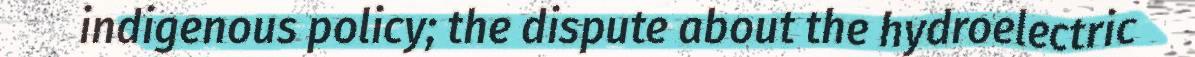
indigenous policy; the dispute about the hydroelectric